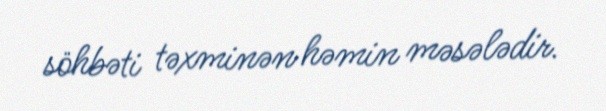
söhbəti təxminən həmin məsələdir.